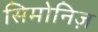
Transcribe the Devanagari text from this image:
सिमोनिज़